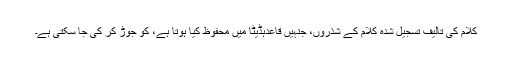
کلام کی تالیف تسجیل شدہ کلام کے شذروں، جنہیں قاعدہڈیٹا میں محفوظ کیا ہوتا ہے، کو جوڑ کر کی جا سکتی ہے۔